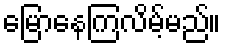
မြောနေကြလိမ့်မည်။